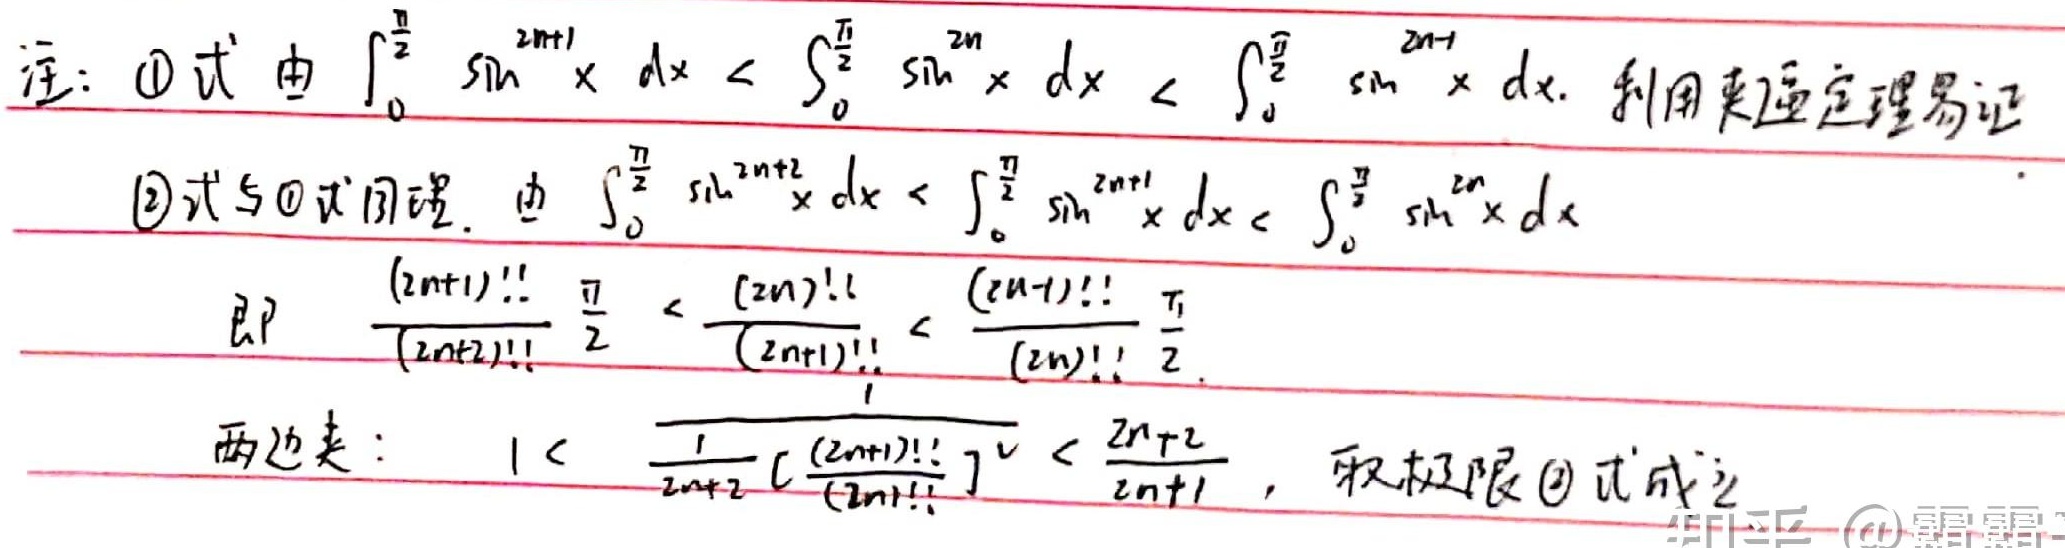
注：\textcircled{1}式由 \(\int_{0}^{\frac{\pi}{2}} \sin^{2n + 1} x\ dx < \int_{0}^{\frac{\pi}{2}} \sin^{2n} x\ dx < \int_{0}^{\frac{\pi}{2}} \sin^{2n - 1} x\ dx\). 利用夹逼定理易证
\textcircled{2}式与\textcircled{1}式同理. 由 \(\int_{0}^{\frac{\pi}{2}} \sin^{2n+2} x\ dx < \int_{0}^{\frac{\pi}{2}} \sin^{2n + 1} x\ dx< \int_{0}^{\frac{\pi}{2}} \sin^{2n} x\ dx\)
即 \(\frac{(2n + 1)!!}{(2n + 2)!!} \frac{\pi}{2} < \frac{(2n)!!}{(2n + 1)!!} < \frac{(2n - 1)!!}{(2n)!!} \frac{\pi}{2}\).
两边夹：\(1 < \frac{1}{2n + 2} \left[\frac{(2n + 1)!!}{(2n)!!}\right]^2 < \frac{2n + 2}{2n+1}\), 取极限\textcircled{2}式成立